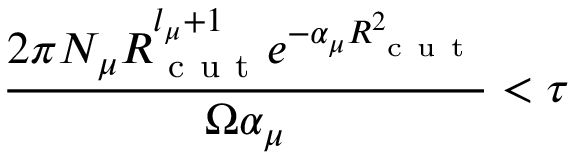
\frac { 2 \pi N _ { \mu } R _ { \mathrm { ~ c ~ u ~ t ~ } } ^ { l _ { \mu } + 1 } e ^ { - \alpha _ { \mu } R _ { \mathrm { ~ c ~ u ~ t ~ } } ^ { 2 } } } { \Omega \alpha _ { \mu } } < \tau